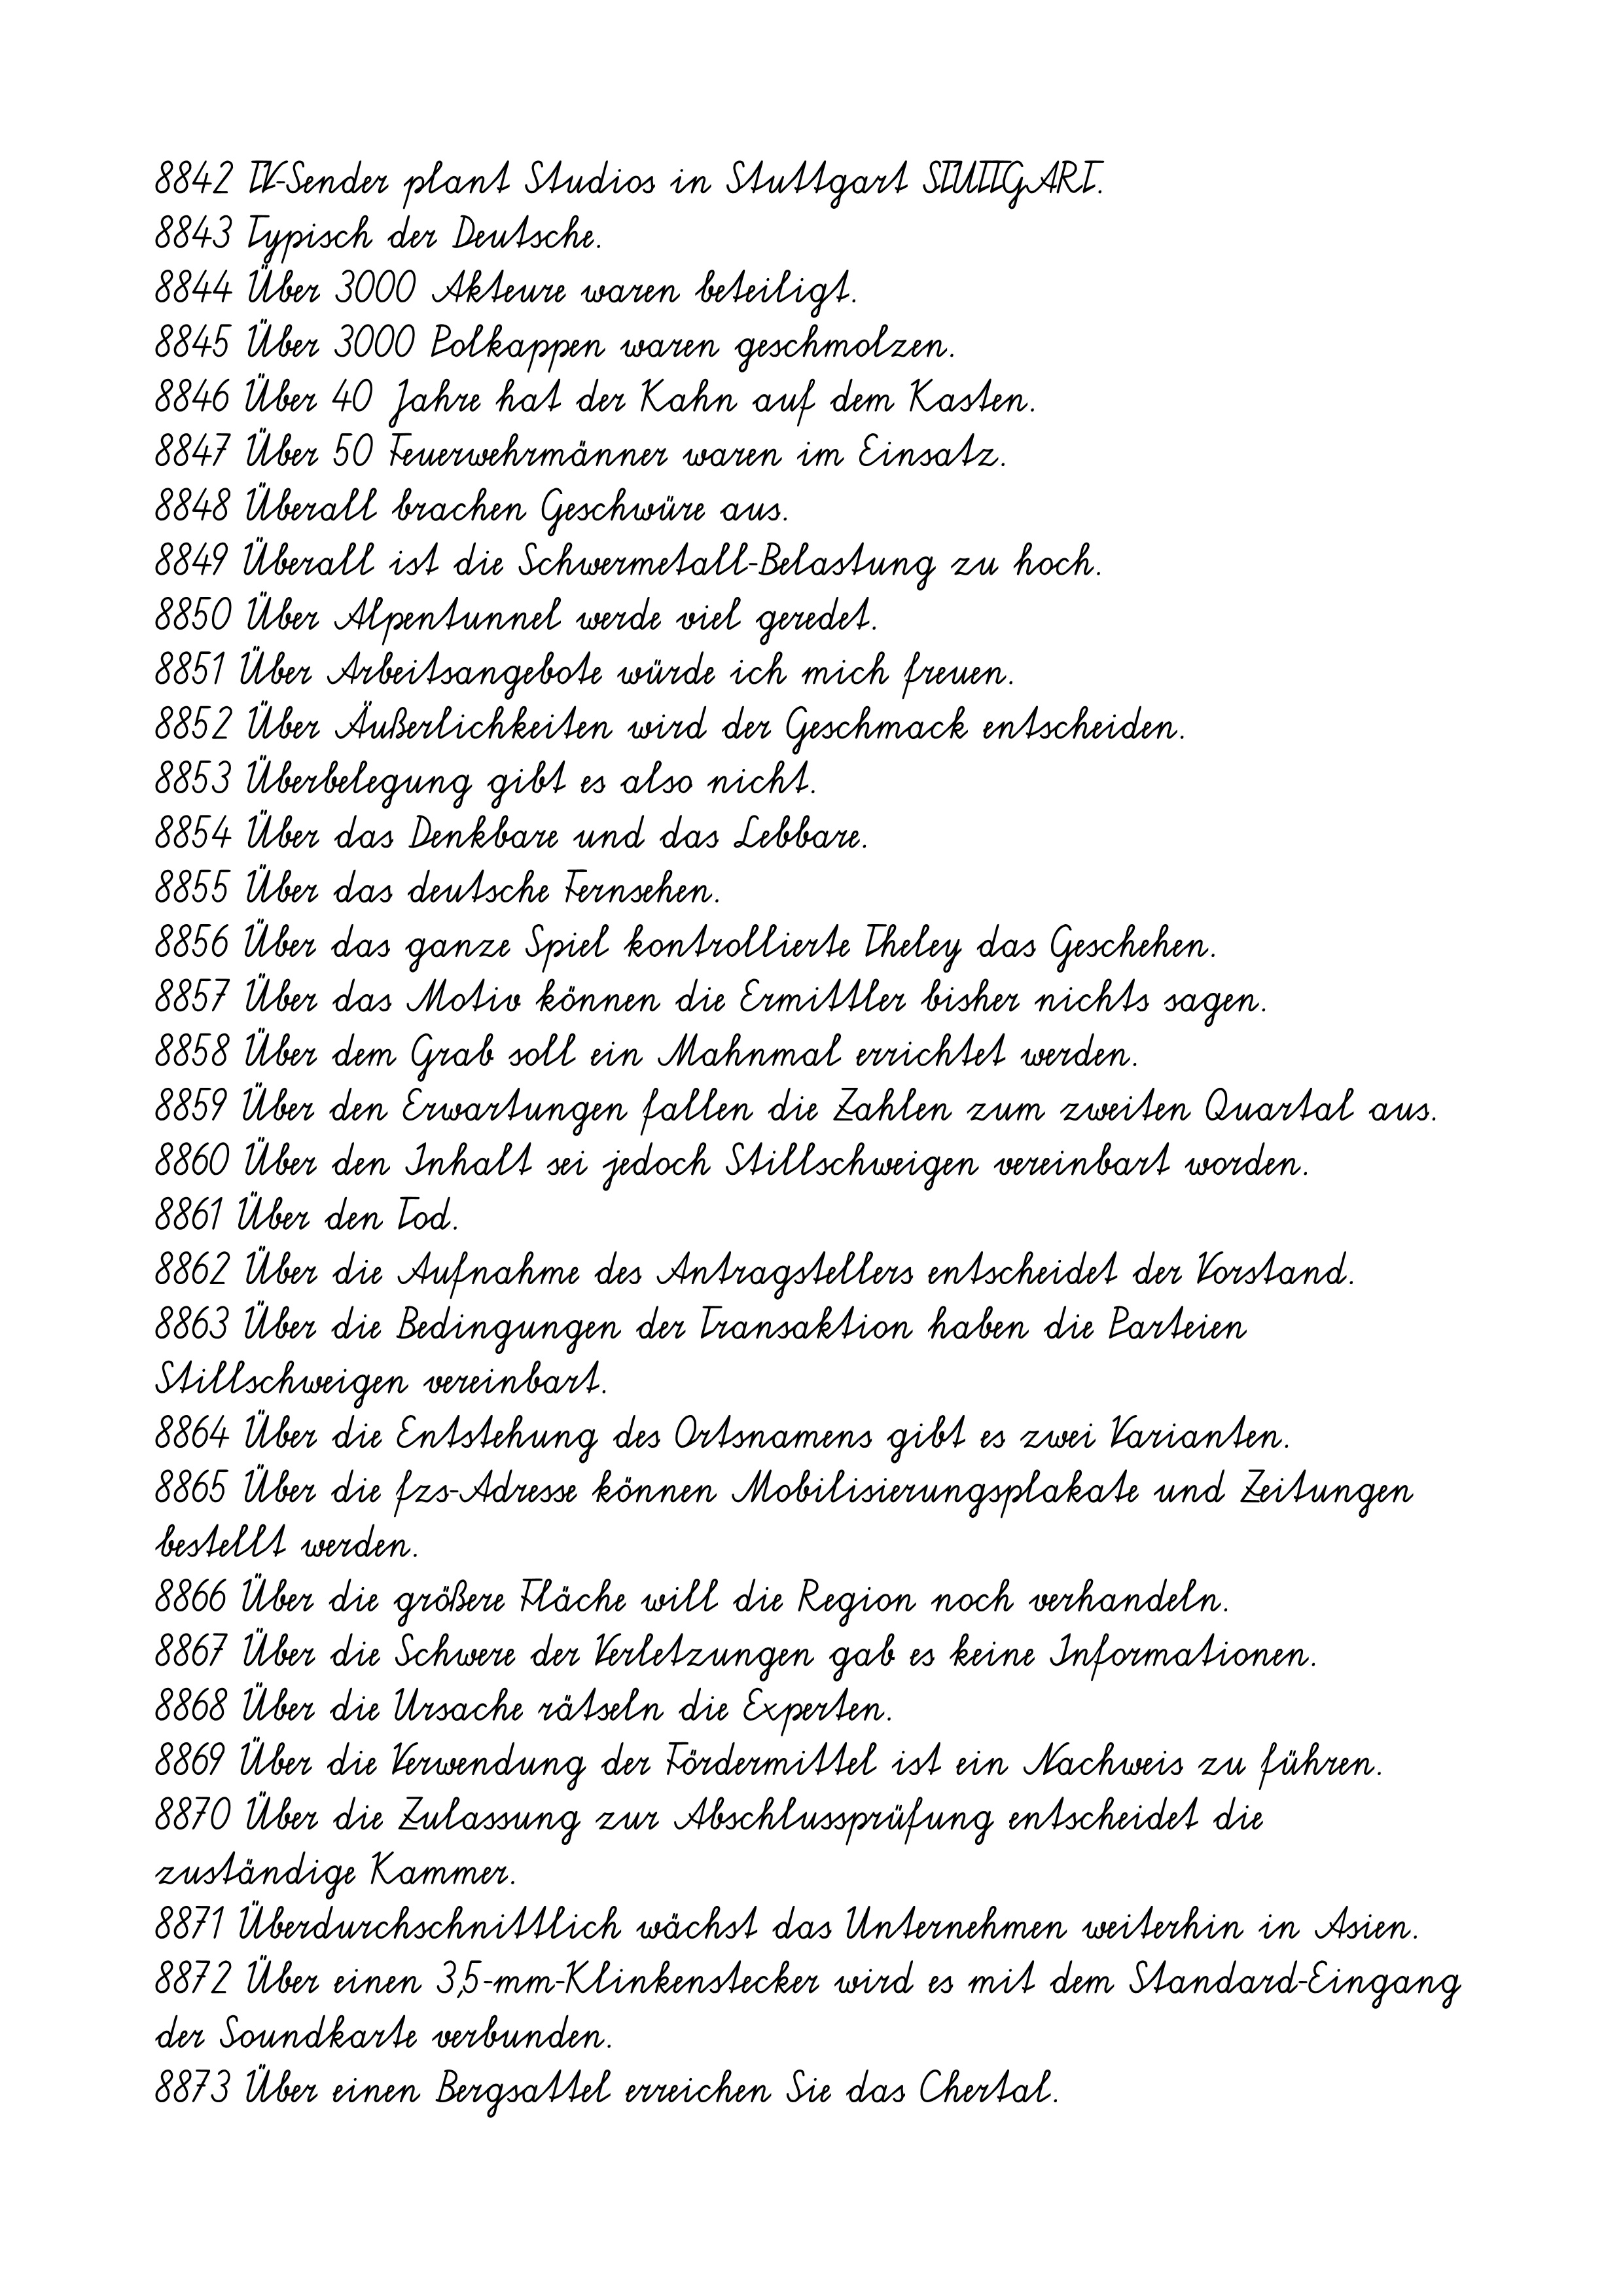
8842 TV-Sender plant Studios in Stuttgart STUTTGART.
8843 Typisch der Deutsche.
8844 Über 3000 Akteure waren beteiligt.
8845 Über 3000 Polkappen waren geschmolzen.
8846 Über 40 Jahre hat der Kahn auf dem Kasten.
8847 Über 50 Feuerwehrmänner waren im Einsatz.
8848 Überall brachen Geschwüre aus.
8849 Überall ist die Schwermetall-Belastung zu hoch.
8850 Über Alpentunnel werde viel geredet.
8851 Über Arbeitsangebote würde ich mich freuen.
8852 Über Äußerlichkeiten wird der Geschmack entscheiden.
8853 Überbelegung gibt es also nicht.
8854 Über das Denkbare und das Lebbare.
8855 Über das deutsche Fernsehen.
8856 Über das ganze Spiel kontrollierte Theley das Geschehen.
8857 Über das Motiv können die Ermittler bisher nichts sagen.
8858 Über dem Grab soll ein Mahnmal errichtet werden.
8859 Über den Erwartungen fallen die Zahlen zum zweiten Quartal aus.
8860 Über den Inhalt sei jedoch Stillschweigen vereinbart worden.
8861 Über den Tod.
8862 Über die Aufnahme des Antragstellers entscheidet der Vorstand.
8863 Über die Bedingungen der Transaktion haben die Parteien
Stillschweigen vereinbart.
8864 Über die Entstehung des Ortsnamens gibt es zwei Varianten.
8865 Über die fzs-Adresse können Mobilisierungsplakate und Zeitungen
bestellt werden.
8866 Über die größere Fläche will die Region noch verhandeln.
8867 Über die Schwere der Verletzungen gab es keine Informationen.
8868 Über die Ursache rätseln die Experten.
8869 Über die Verwendung der Fördermittel ist ein Nachweis zu führen.
8870 Über die Zulassung zur Abschlussprüfung entscheidet die
zuständige Kammer.
8871 Überdurchschnittlich wächst das Unternehmen weiterhin in Asien.
8872 Über einen 3,5-mm-Klinkenstecker wird es mit dem Standard-Eingang
der Soundkarte verbunden.
8873 Über einen Bergsattel erreichen Sie das Chertal.